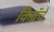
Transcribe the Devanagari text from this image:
किग्रॅचे